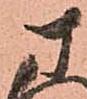
さ